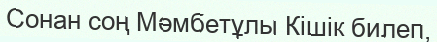
Сонан соң Мәмбетұлы Кішік билеп,